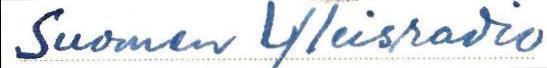
Suomen Yleisradio